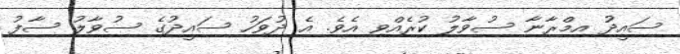
ސައީދު އިމްރާނާ ސުވާލު ކުރެއްވި އެވެ. އެ ދުވަހު ސައީދުގެ ސުވާލު ސާފު